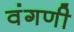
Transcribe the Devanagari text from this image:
वंगणी